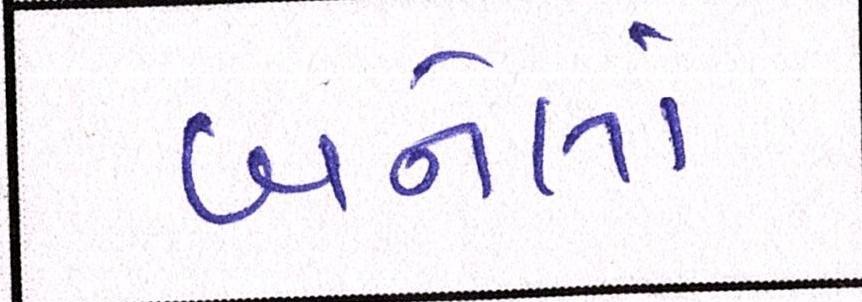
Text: બનેલાં